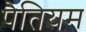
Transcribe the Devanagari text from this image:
पैतियम